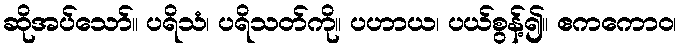
ဆိုအပ်သော်။ ပရိသံ၊ ပရိသတ်ကို။ ပဟာယ၊ ပယ်စွန့်၍။ ဧကကောဝ၊